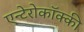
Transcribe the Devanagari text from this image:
एन्टेरोकॉक्की